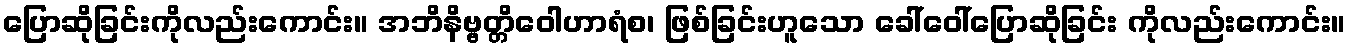
ပြောဆိုခြင်းကိုလည်းကောင်း။ အဘိနိဗ္ဗတ္တိဝေါဟာရံစ၊ ဖြစ်ခြင်းဟူသော ခေါ်ဝေါ်ပြောဆိုခြင်း ကိုလည်းကောင်း။